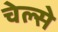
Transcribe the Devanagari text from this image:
चेल्से